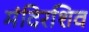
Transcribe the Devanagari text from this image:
मंदिरशिव